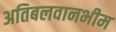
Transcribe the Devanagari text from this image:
अतिबलवानभीम